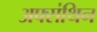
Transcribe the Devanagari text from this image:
अफ्संथिन